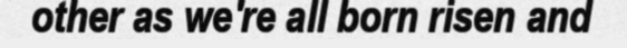
other as we're all born risen and